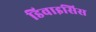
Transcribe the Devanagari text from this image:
डिवाइसिस